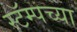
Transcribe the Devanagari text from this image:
स्टॅम्पच्या